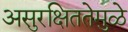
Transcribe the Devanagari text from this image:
असुरक्षिततेमुळे